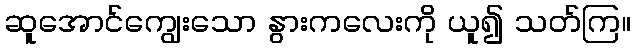
ဆူအောင်ကျွေးသော နွားကလေးကို ယူ၍ သတ်ကြ။